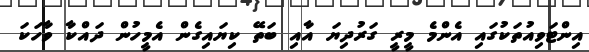
އިންޓަވިއުތަކުގައި އެންމެ މީރީ ގަރުދިޔަ އާއި ބަތޭ ކިޔައިގެން އެމީހުން ދައްކާ ވާހަކަ